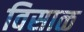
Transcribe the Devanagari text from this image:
विसाळ